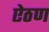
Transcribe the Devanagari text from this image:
ऐठण